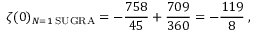
\zeta ( 0 ) _ { N = 1 \; { \mathrm { S U G R A } } } = - { \frac { 7 5 8 } { 4 5 } } + { \frac { 7 0 9 } { 3 6 0 } } = - { \frac { 1 1 9 } { 8 } } \; ,